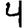
Digit: 4